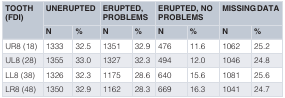
<table><thead><tr><td rowspan="2"><b>TOOTH(FDI)</b></td><td colspan="2"><b>UNERUPTED</b></td><td colspan="2"><b>ERUPTED,PROBLEMS</b></td><td colspan="2"><b>ERUPTED, NOPROBLEMS</b></td><td colspan="2"><b>MISSING DATA</b></td></tr><tr><td><b>N</b></td><td><b>%</b></td><td><b>N</b></td><td><b>%</b></td><td><b>N</b></td><td><b>%</b></td><td><b>N</b></td><td><b>%</b></td></tr></thead><tbody><tr><td>UR8 (18)</td><td>1333</td><td>32.5</td><td>1351</td><td>32.9</td><td>476</td><td>11.6</td><td>1062</td><td>25.2</td></tr><tr><td>UL8 (28)</td><td>1355</td><td>33.0</td><td>1327</td><td>32.3</td><td>494</td><td>12.0</td><td>1046</td><td>24.8</td></tr><tr><td>LL8 (38)</td><td>1326</td><td>32.3</td><td>1175</td><td>28.6</td><td>640</td><td>15.6</td><td>1081</td><td>25.6</td></tr><tr><td>LR8 (48)</td><td>1350</td><td>32.9</td><td>1162</td><td>28.3</td><td>669</td><td>16.3</td><td>1041</td><td>24.7</td></tr></tbody></table>